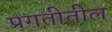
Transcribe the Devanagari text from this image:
प्रगतीतील